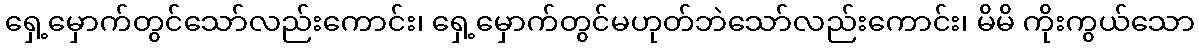
ရှေ့မှောက်တွင်သော်လည်းကောင်း၊ ရှေ့မှောက်တွင်မဟုတ်ဘဲသော်လည်းကောင်း၊ မိမိ ကိုးကွယ်သော